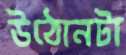
উঠোনটা